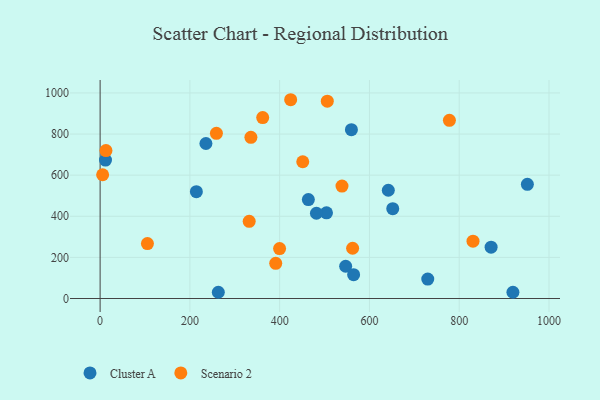
{"axis": {"x": "Ad Spend", "y": "Demand"}, "legend": ["Cluster A", "Scenario 2"], "data": [{"x": "12.0", "y": 673.4, "type": "Cluster A"}, {"x": "951.8", "y": 555.5, "type": "Cluster A"}, {"x": "504.3", "y": 416.8, "type": "Cluster A"}, {"x": "263.3", "y": 30.3, "type": "Cluster A"}, {"x": "481.9", "y": 414.8, "type": "Cluster A"}, {"x": "547.0", "y": 157.0, "type": "Cluster A"}, {"x": "214.4", "y": 519.6, "type": "Cluster A"}, {"x": "919.6", "y": 30.3, "type": "Cluster A"}, {"x": "559.8", "y": 821.4, "type": "Cluster A"}, {"x": "564.7", "y": 115.7, "type": "Cluster A"}, {"x": "235.7", "y": 753.9, "type": "Cluster A"}, {"x": "463.9", "y": 481.4, "type": "Cluster A"}, {"x": "642.0", "y": 526.6, "type": "Cluster A"}, {"x": "729.9", "y": 94.7, "type": "Cluster A"}, {"x": "871.0", "y": 249.6, "type": "Cluster A"}, {"x": "651.9", "y": 436.8, "type": "Cluster A"}, {"x": "506.1", "y": 960.0, "type": "Scenario 2"}, {"x": "5.6", "y": 602.0, "type": "Scenario 2"}, {"x": "332.1", "y": 375.2, "type": "Scenario 2"}, {"x": "830.7", "y": 279.1, "type": "Scenario 2"}, {"x": "335.9", "y": 783.8, "type": "Scenario 2"}, {"x": "538.8", "y": 547.0, "type": "Scenario 2"}, {"x": "13.0", "y": 719.5, "type": "Scenario 2"}, {"x": "259.1", "y": 803.5, "type": "Scenario 2"}, {"x": "778.1", "y": 866.5, "type": "Scenario 2"}, {"x": "451.4", "y": 665.3, "type": "Scenario 2"}, {"x": "399.8", "y": 243.1, "type": "Scenario 2"}, {"x": "105.4", "y": 267.1, "type": "Scenario 2"}, {"x": "424.5", "y": 966.9, "type": "Scenario 2"}, {"x": "391.2", "y": 171.3, "type": "Scenario 2"}, {"x": "362.2", "y": 880.1, "type": "Scenario 2"}, {"x": "562.5", "y": 244.5, "type": "Scenario 2"}]}